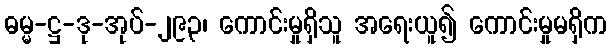
ဓမ္မ-ဋ္ဌ-ဒု-အုပ်-၂၉၃၊ ကောင်းမှုရှိသူ အရေးယူ၍ ကောင်းမှုမရှိက